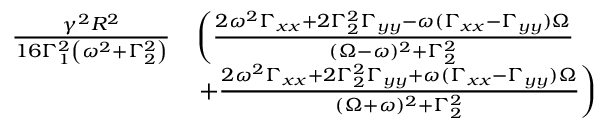
\begin{array} { r l } { \frac { \gamma ^ { 2 } R ^ { 2 } } { 1 6 \Gamma _ { 1 } ^ { 2 } \left( \omega ^ { 2 } + \Gamma _ { 2 } ^ { 2 } \right) } } & { \left( \frac { 2 \omega ^ { 2 } \Gamma _ { x x } + 2 \Gamma _ { 2 } ^ { 2 } \Gamma _ { y y } - \omega ( \Gamma _ { x x } - \Gamma _ { y y } ) \Omega } { ( \Omega - \omega ) ^ { 2 } + \Gamma _ { 2 } ^ { 2 } } \right. } \\ & { \left. + \frac { 2 \omega ^ { 2 } \Gamma _ { x x } + 2 \Gamma _ { 2 } ^ { 2 } \Gamma _ { y y } + \omega ( \Gamma _ { x x } - \Gamma _ { y y } ) \Omega } { ( \Omega + \omega ) ^ { 2 } + \Gamma _ { 2 } ^ { 2 } } \right) } \end{array}